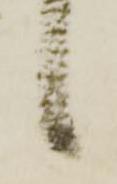
候